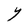
Character: Y